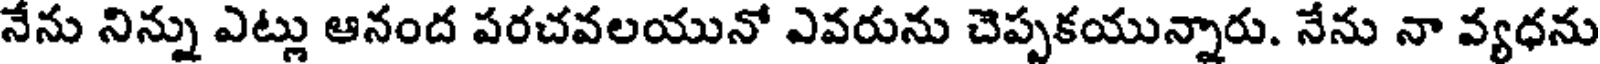
నేను నిన్ను ఎట్లు ఆనంద పరచవలయునో ఎవరును చెప్పకయున్నారు. నేను నా వ్యధను